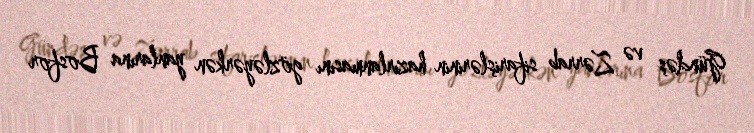
Gündəş və Zərrab sifarişlərinin hazırlanmasını gözləyərkən yanlarına Bosfor